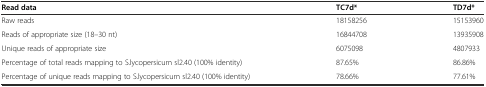
<table><thead><tr><td><b>Read data</b></td><td><b>TC7d*</b></td><td><b>TD7d*</b></td></tr></thead><tbody><tr><td>Raw reads</td><td>18158256</td><td>15153960</td></tr><tr><td>Reads of appropriate size (18–30 nt)</td><td>16844708</td><td>13935908</td></tr><tr><td>Unique reads of appropriate size</td><td>6075098</td><td>4807933</td></tr><tr><td>Percentage of total reads mapping to S.lycopersicum sl2.40 (100% identity)</td><td>87.65%</td><td>86.86%</td></tr><tr><td>Percentage of unique reads mapping to S.lycopersicum sl2.40 (100% identity)</td><td>78.66%</td><td>77.61%</td></tr></tbody></table>